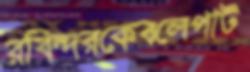
রবিন্দরকেবলেপাট